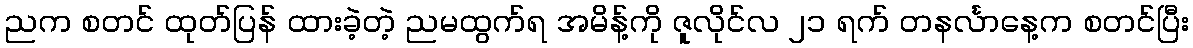
ညက စတင် ထုတ်ပြန် ထားခဲ့တဲ့ ညမထွက်ရ အမိန့်ကို ဇူလိုင်လ ၂၁ ရက် တနင်္လာနေ့က စတင်ပြီး